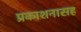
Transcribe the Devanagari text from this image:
प्रकाशनासह